Statistical return of the lunatic asylum in Assam - 1912-1932
Year: 1912
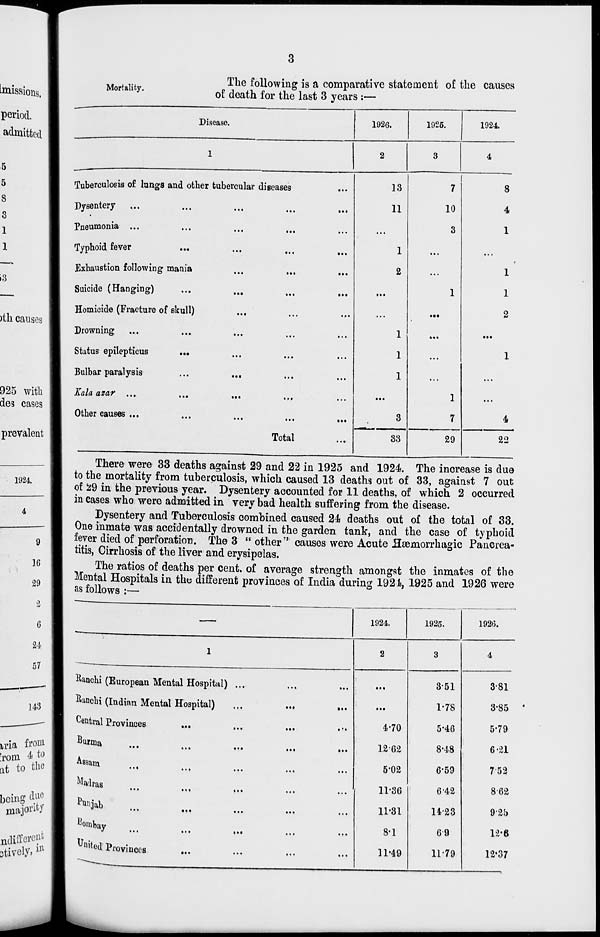
Mortality.
The following is a comparative statement of the causes
of death for the last 3 years :—
Disease,
1926.
1925.
1924.
2
Tuberculosis of lungs and other tubercular diseases
Dysentery
Pneumonia ...
...
...
...
Typhoid fever
Exhaustion following mania
Suicide (Hanging)
Homicide (Fracture of skull)
Drowning
Status epilepticus
Bulbar paralysis
...
...
Kala azar ...
...
...
,,,
Other causes ...
Total
13
11
1
2
1
1
1
7
10
8
4
S3
1
7
29
4
22
There were 33 deaths against 29 and 22 in 1925 and 1924. The increase is clue
to the mortality from tuberculosis, which caused 13 deaths out of 33, against 7 out
of 29 in the previous year. Dysentery accounted for 11 deaths, of which 2 occurred
in cases who were admitted in very bad health suffering from the disease.
Dysentery and Tuberculosis combined caused 24 deaths out of the total of 33.
One inmate was accidentally drowned in the garden, tank, and the case of typhoid
fever died of perforation. The 3 " other" causes were Acute Haemorrhagic Pancrea-
titis, Cirrhosis of the liver and erysipelas.
The ratios of deaths per cent, of average strength amongst the inmates of the
Mental Hospitals in the different provinces of India during 1921, 1925 and 1926 were
as follows :—
1924.
1925.
192(3.
ftanchi (European Mental Hospital) ...
Ranobi (Indian Mental Hospital)
Central Provinces
Burma M
• • •
• • •
«• •
Assam
Madras
Punjab
Bombay
U mted Provinces
...
2
.».
• ••
...
♦ ••
4-70
1262
5'02
11-36
11-31
8-1
11-49
3
351
1-78
5'46
8-48
6'59
6 '42
14-23
69
11-79
4
3-81
3-85 *
5-79
6-21
752
862
9'2h
12-ft
12-37